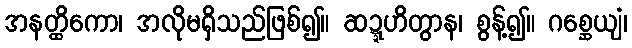
အနတ္ထိကော၊ အလိုမရှိသည်ဖြစ်၍။ ဆဍ္ဍဟိတွာန၊ စွန့်၍။ ဂစ္ဆေယျံ၊